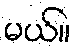
မယ်။